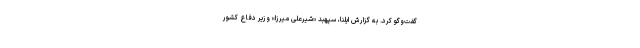
گفت‌وگو کرد. به گزارش ایلنا، سپهبد «شیرعلی میرزا» وزیر دفاع کشور